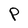
Character: P